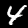
Digit: 4